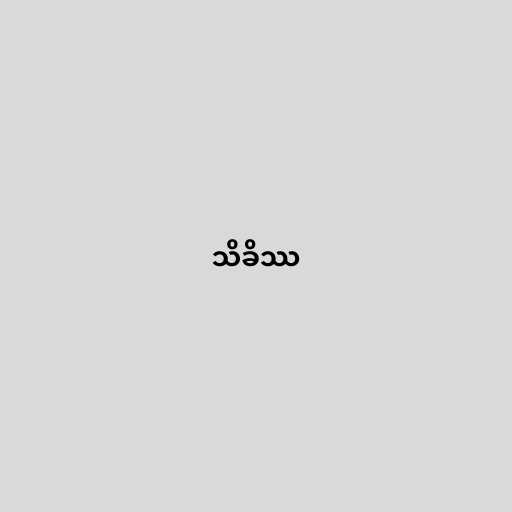
သိခိဿ